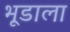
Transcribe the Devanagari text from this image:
भूडाला